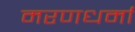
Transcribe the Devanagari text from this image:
मरणधर्मा